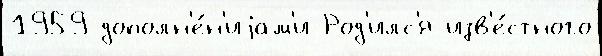
1959 дополн'е́н'иjам'и Род'илс'я изв'е́стного